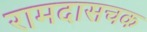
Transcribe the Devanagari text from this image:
रामदासचक